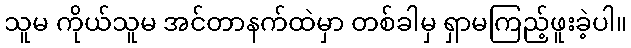
သူမ ကိုယ်သူမ အင်တာနက်ထဲမှာ တစ်ခါမှ ရှာမကြည့်ဖူးခဲ့ပါ။